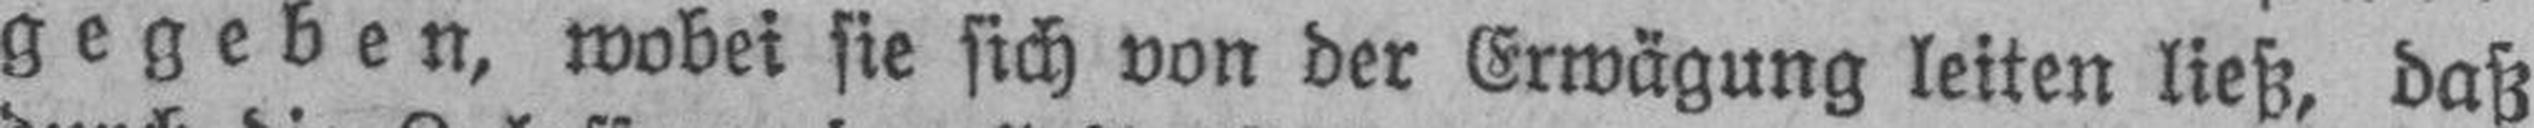
gegeben, wobei sie sich von der Erwägung leiten ließ, daß